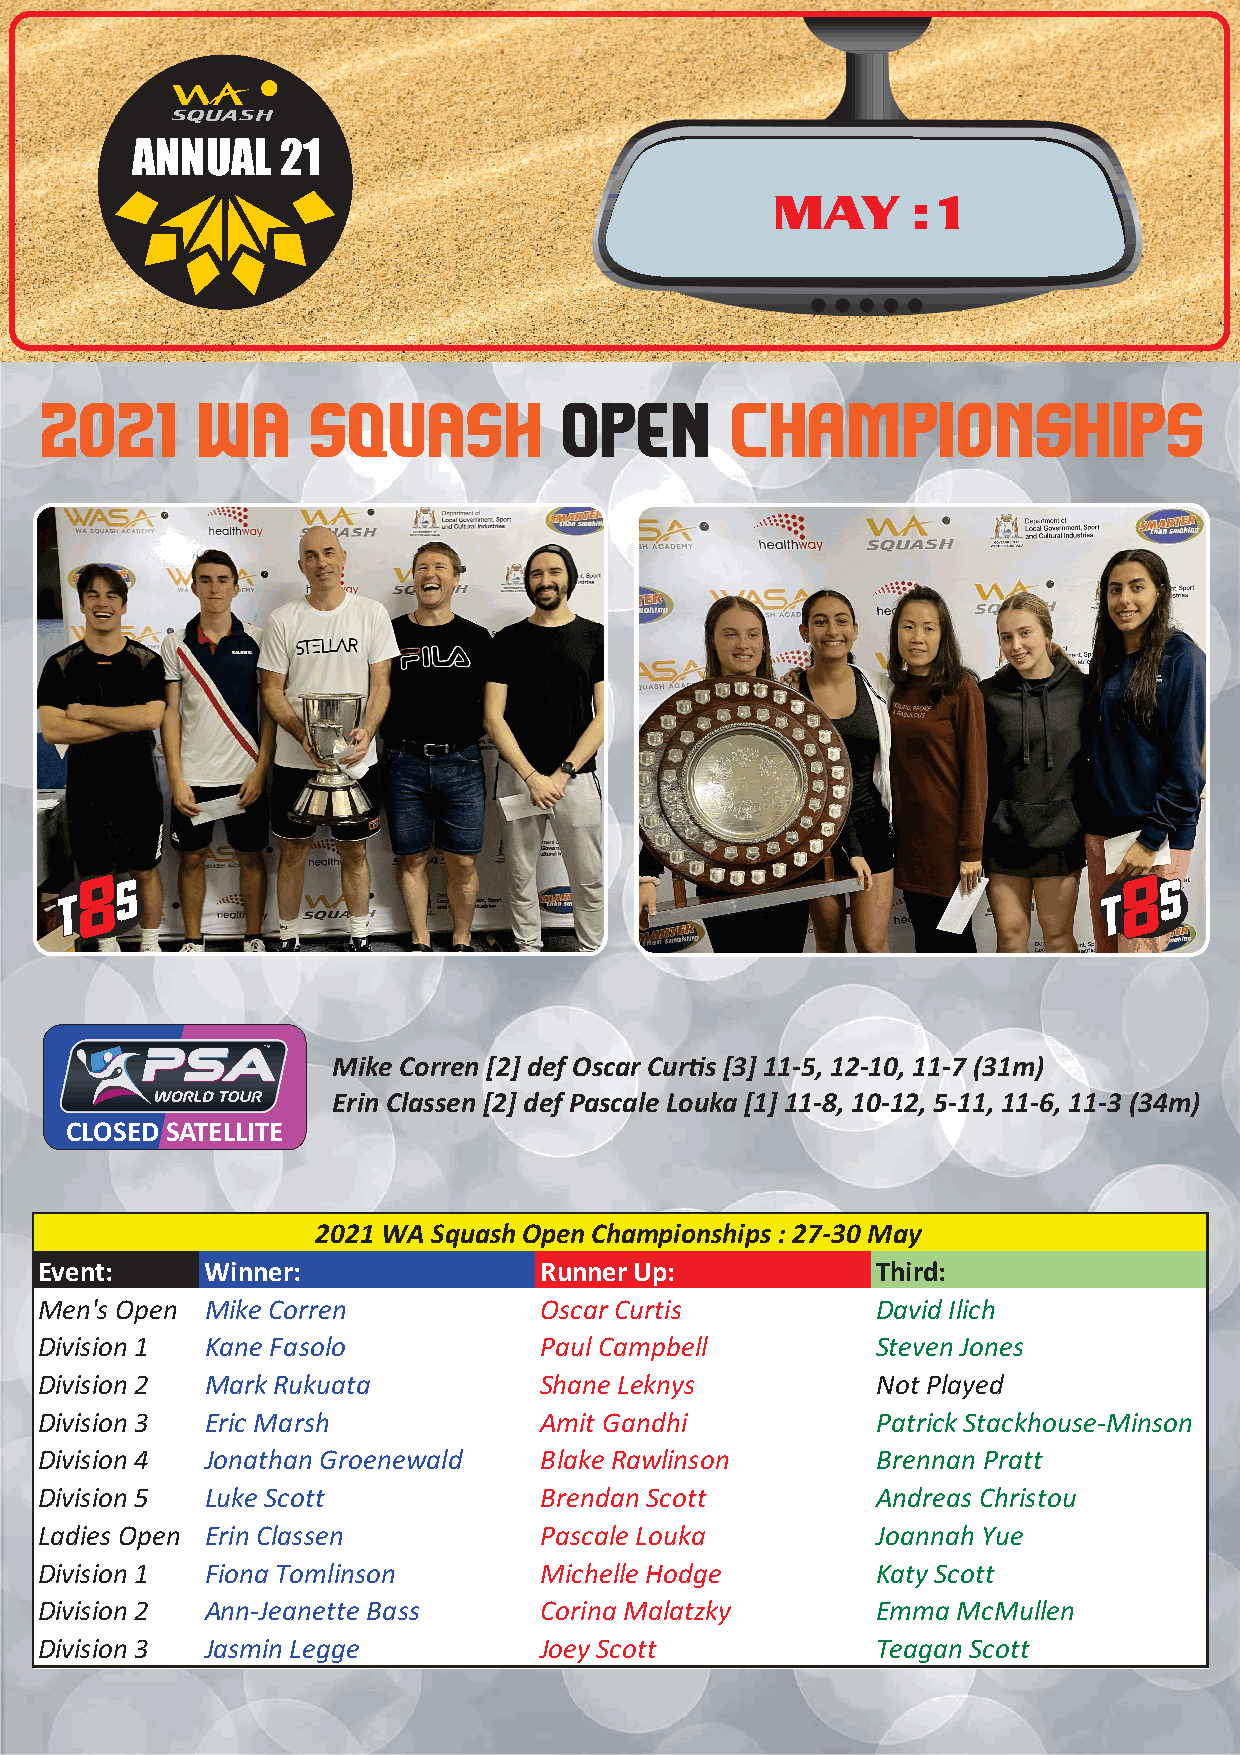
ANNUAL    21
 MAY      :1
 2021      WA     SQUASH           OPEN       ChampionshipS
 8                                                                    8
 S                                                                    S
 Mike Corren [2] def Oscar Cur%s [3] 11-5, 12-10, 11-7 (31m)
 Erin Classen [2] def Pascale Louka [1] 11-8, 10-12, 5-11, 11-6, 11-3 (34m)
 CLOSED SATELLITE
 2021 WA SquashOpenChampionships:27-30 May
 Event:     Winner:               RunnerUp:             Third:
 Men's Open Mike Corren           Oscar Curtis          David Ilich
 Division 1 Kane Fasolo           PaulCampbell          Steven Jones
 Division 2 MarkRukuata           Shane Leknys          Not Played
 Division 3 Eric Marsh            Amit Gandhi           PatrickStackhouse-Minson
 Division 4 Jonathan Groenewald   Blake Rawlinson       Brennan Pratt
 Division 5 Luke Scott            Brendan Scott         Andreas Christou
 Ladies Open Erin Classen         Pascale Louka         Joannah Yue
 Division 1 Fiona Tomlinson       Michelle Hodge        KatyScott
 Division 2 Ann-Jeanette Bass     Corina Malatzky       Emma McMullen
 Division 3 Jasmin Legge          JoeyScott             Teagan Scott